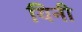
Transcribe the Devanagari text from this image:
यिनी